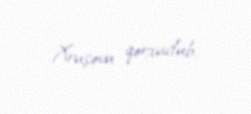
Xruşovu qorxudub.